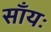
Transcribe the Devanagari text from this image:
साँयः